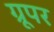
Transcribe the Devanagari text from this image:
ग्रूपर